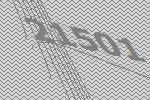
21501